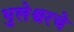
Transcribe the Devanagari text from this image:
भुलेश्वरचे